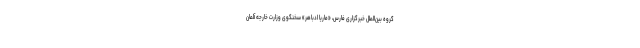
گروه بین‌الملل خبرگزاری فارس،‌ «ماریا ادباهر» سخنگوی وزارت خارجه آلمان